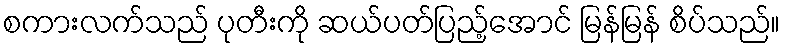
စကားလက်သည် ပုတီးကို ဆယ်ပတ်ပြည့်အောင် မြန်မြန် စိပ်သည်။